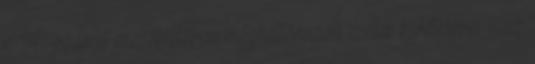
r. 14. számú mellékletében meghatározott esetek kivételével - az